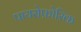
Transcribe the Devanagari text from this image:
पायरोफ़ोरिक